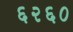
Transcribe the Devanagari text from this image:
६२६०